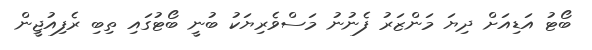
ބޯޓު އަޑިއަށް ދިޔަ މަންޒަރު ފެނުނު މަސްވެރިޔަކު ބުނީ ބޯޓުގައި ތިބި ރެފިއުޖީން